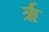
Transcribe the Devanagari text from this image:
र्ऋ